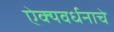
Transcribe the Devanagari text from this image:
ऐक्यवर्धनाचे